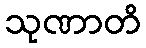
သုဏာတိ